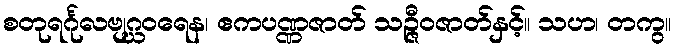
စတုရင်္ဂုလဗျဂ္ဃဝရေန၊ ဧကပဏ္ဏဇာတ် သဉ္ဇီဝဇာတ်နှင့်။ သဟ၊ တကွ။